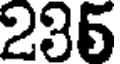
235